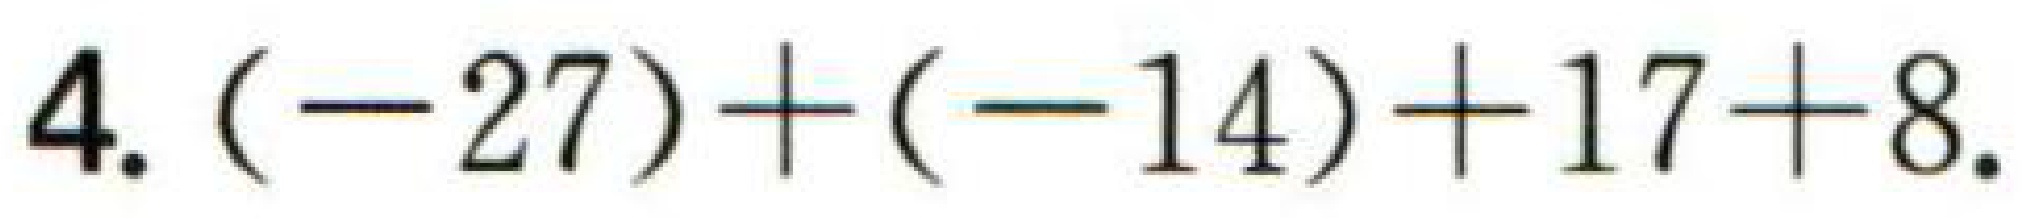
$4.(-27)+(-14)+17 + 8.$